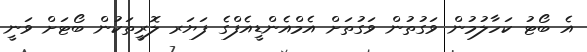
އެ ބޯޓު ކަހާލުމުން ވަގުތުން ވަގުތަށް އެމްއެންޑީއެފްގެ ފަޔަރ ލޮރީތަކުން ބޯޓަށް ވަނީ